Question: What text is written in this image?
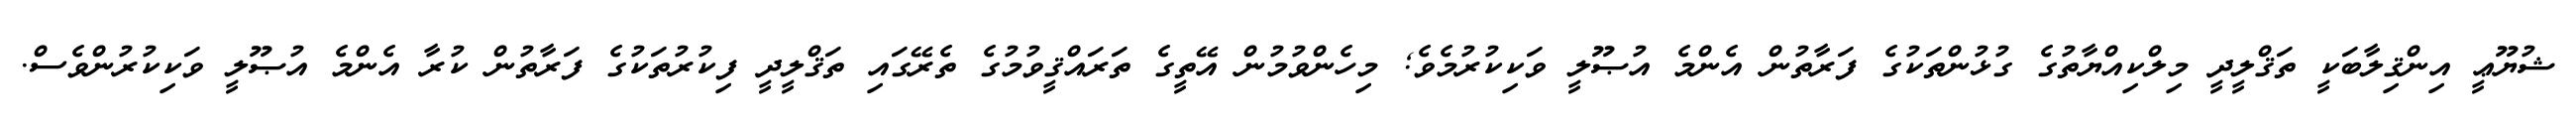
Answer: ޝުޔޫޢީ އިންޤިލާބަކީ ތަޤްލީދީ މިލްކިއްޔާތުގެ ގުޅުންތަކުގެ ފަރާތުން އެންމެ އުޞޫލީ ވަކިކުރުމެވެ; މިހެންވުމުން އޭތީގެ ތަރައްޤީވުމުގެ ތެރޭގައި ތަޤްލީދީ ފިކުރުތަކުގެ ފަރާތުން ކުރާ އެންމެ އުޞޫލީ ވަކިކުރުންވެސް.